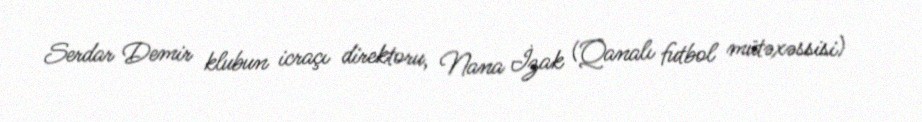
Serdar Demir klubun icraçı direktoru, Nana İzak (Qanalı futbol mütəxəssisi)